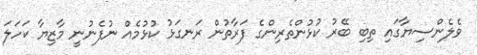
ވެލެންސިޔާގައި ތިބި ބޭރު ކުޅުންތެރިންގެ ފަރާތުން ރަނގަޅު ކުޅުމެއް ނުފެނުނީ މާޒިޔާ ކަހަލަ